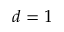
d = 1